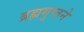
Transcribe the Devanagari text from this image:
ब्रह्मगुप्तने